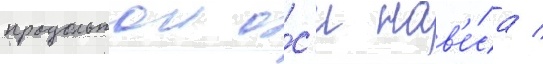
продольнои о́с'и нав'е́са /